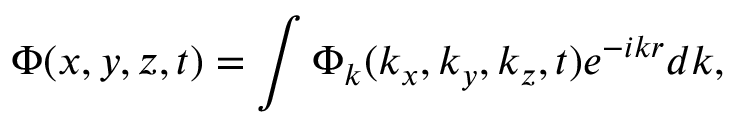
\Phi ( x , y , z , t ) = \int \Phi _ { k } ( k _ { x } , k _ { y } , k _ { z } , t ) e ^ { - i \boldsymbol { k r } } d \boldsymbol { k } ,